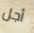
أجل